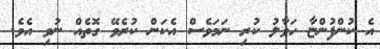
އެ ކުންފުންޏާ ހަވާލު ކުރި ނަމަވެސް އެކަން ކުރެވޭ ގޮތެއް ނުވި އެވެ.